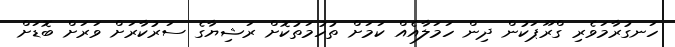
ހަނގުރާމަވެރި ގްރޫޕަކުން ދިން ހަމަލާއެއް ކަމަށް ތުހުމަތުކޮށް ރަޝިޔާގެ ސަރުކާރަށް ވަރަށް ބޮޑަށް